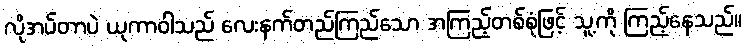
လိုအပ်တာပဲ ယုကာဝါသည် လေးနက်တည်ကြည်သော အကြည့်တစ်စုံဖြင့် သူ့ကို ကြည့်နေသည်။